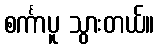
စင်္ကာပူ သွားတယ်။